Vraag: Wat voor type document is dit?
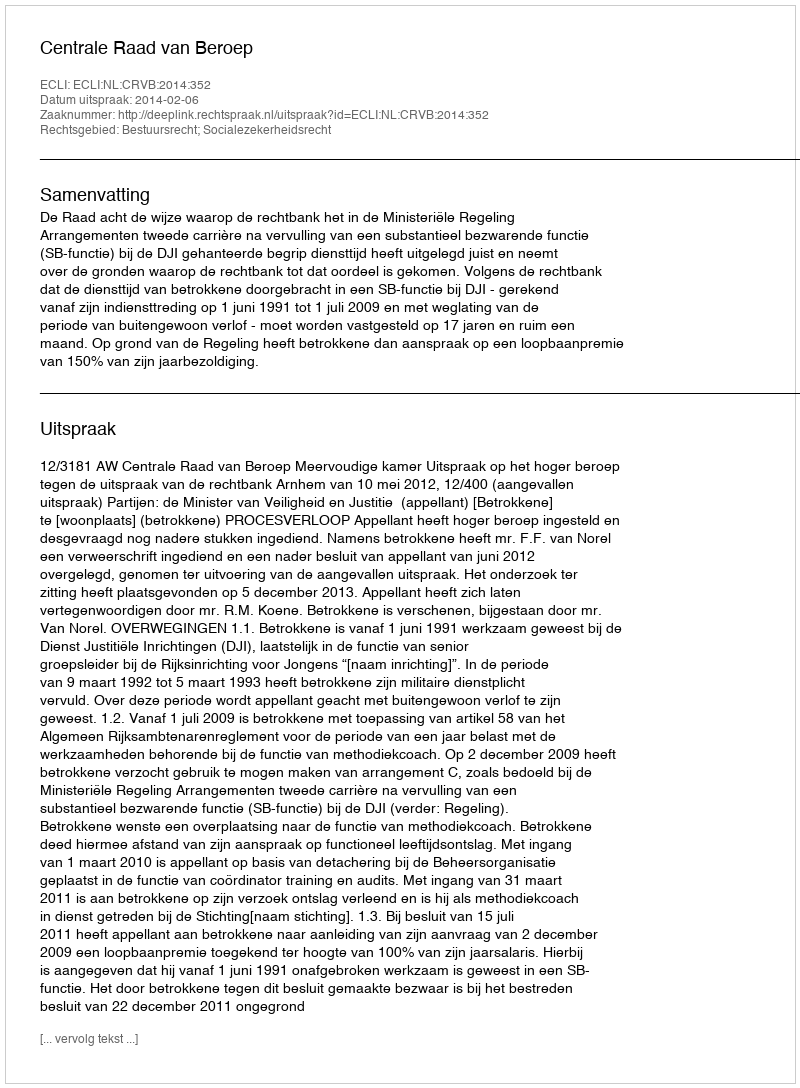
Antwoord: Uitspraak